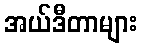
အယ်ဒီတာများ